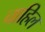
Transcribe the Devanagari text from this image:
चाहिल